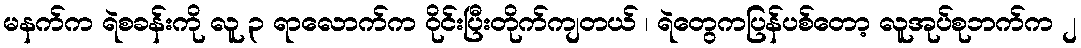
မနက်က ရဲစခန်းကို လူ ၃ ရာလောက်က ဝိုင်းပြီးတိုက်ကျတယ် ၊ ရဲတွေကပြန်ပစ်တော့ လူအုပ်စုဘက်က ၂